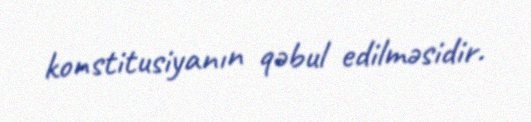
konstitusiyanın qəbul edilməsidir.